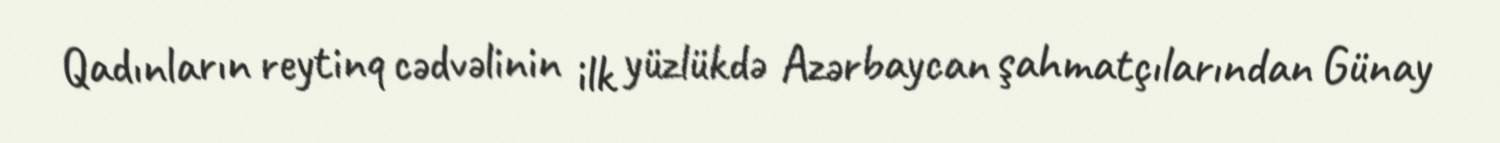
Qadınların reytinq cədvəlinin ilk yüzlükdə Azərbaycan şahmatçılarından Günay